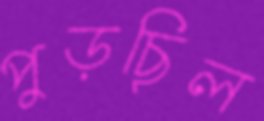
পুড়ছিল